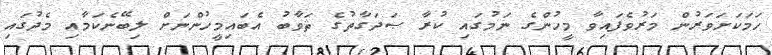
ހަމަކަށަވަރުން މަރުވެފައިވާ މީހުންގެ ނަމުގައި ކުރާ ޞަދަގާތުގެ ޘަވާބު އެބައިމީހުންނަށް ލިބޭނެކަމާއި މެދުގައި